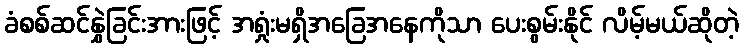
ခံစစ်ဆင်နွှဲခြင်းအားဖြင့် အရှုံးမရှိအခြေအနေကိုသာ ပေးစွမ်းနိုင် လိမ့်မယ်ဆိုတဲ့